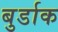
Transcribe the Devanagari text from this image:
बुर्डाक